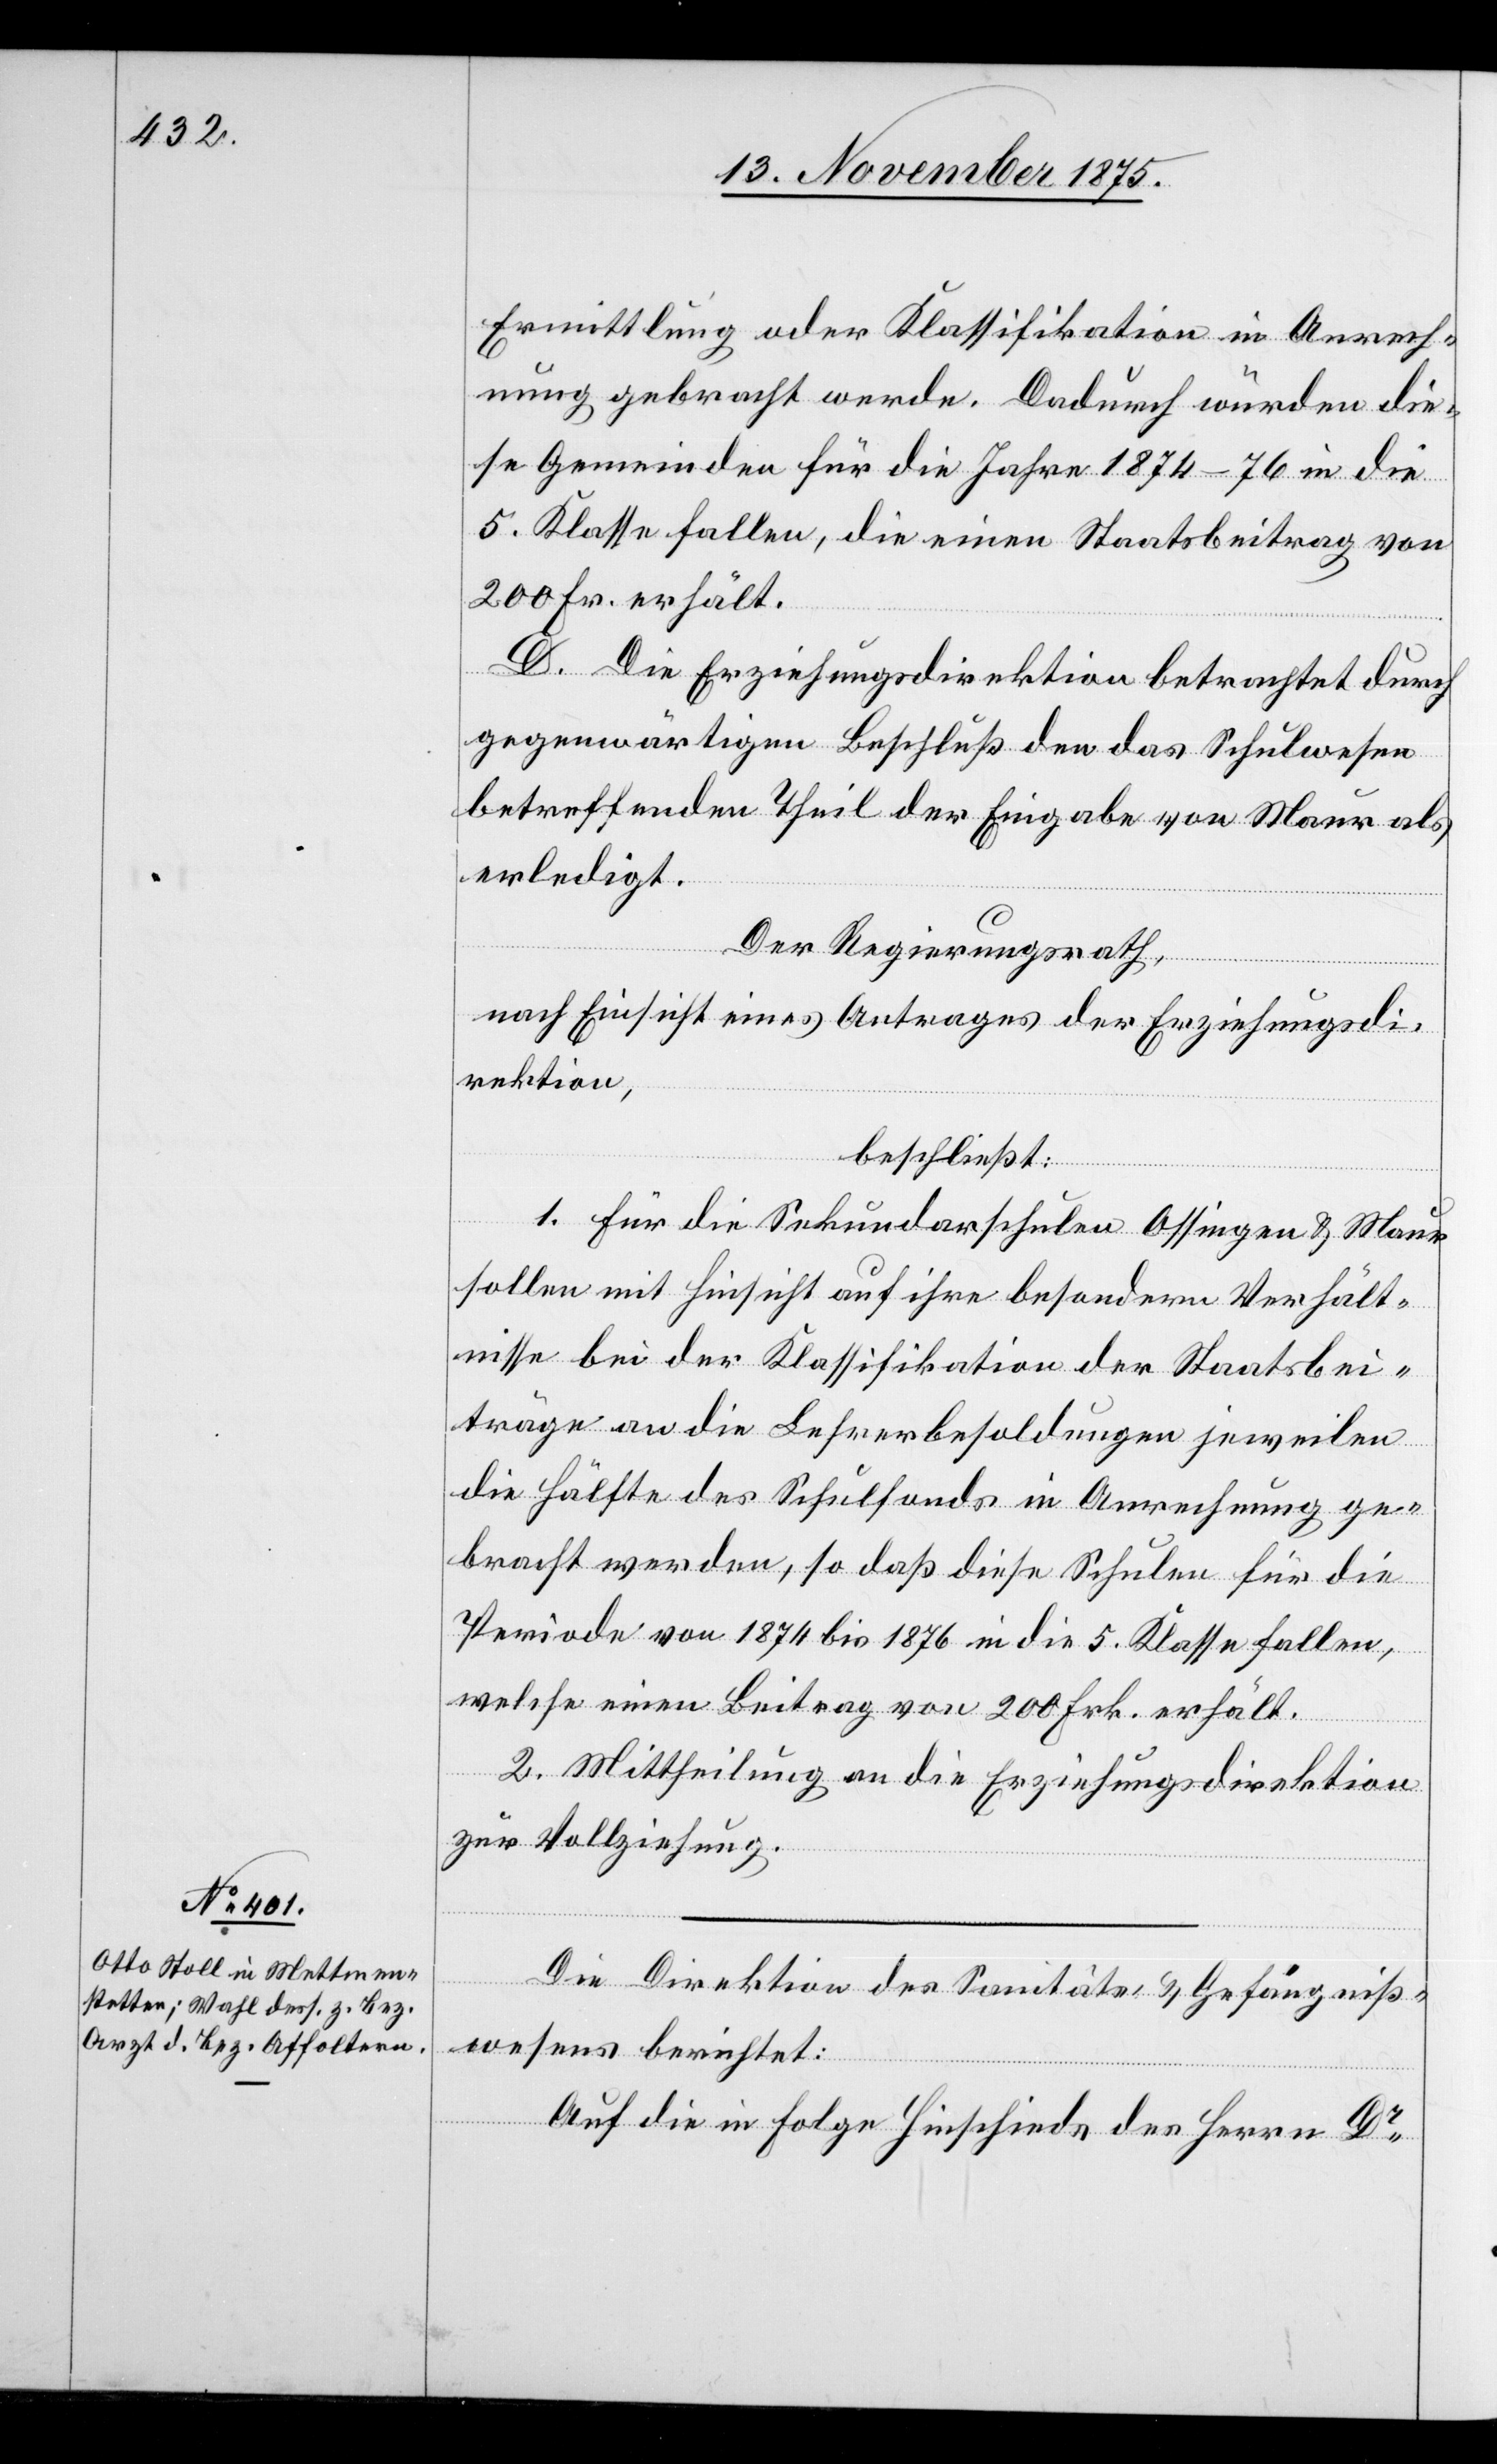
Ermittlung oder Klassifikation in Anrech¬
nung gebracht werde. Dadurch würden die¬
se Gemeinden für die Jahre 1874–76 in die
5. Klasse fallen, die einen Staatsbeitrag von
200 Fr. erhält.
D. Die Erziehungsdirektion betrachtet durch
gegenwärtigen Beschluß den das Schulwesen
betreffenden Theil der Eingabe von Maur als
erledigt.
Der Regierungsrath,
nach Einsicht eines Antrages der Erziehungsdi¬
rektion,
beschließt:
1. Für die Sekundarschulen Ossingen & Maur
sollen mit Hinsicht auf ihre besondern Verhält¬
nisse bei der Klassifikation der Staatsbei¬
träge an die Lehrerbesoldungen jeweilen
die Hälfte des Schulfonds in Anrechnung ge¬
bracht werden, so daß diese Schulen für die
Periode von 1874 bis 1876 in die 5. Klasse fallen,
welche einen Beitrag von 200 Frk. erhält.
2. Mittheilung an die Erziehungsdirektion
zur Vollziehung.
Die Direktion des Sanitäts- & Gefängniß¬
wesens berichtet:
Auf die in Folge Hinschiede des Herrn Dr